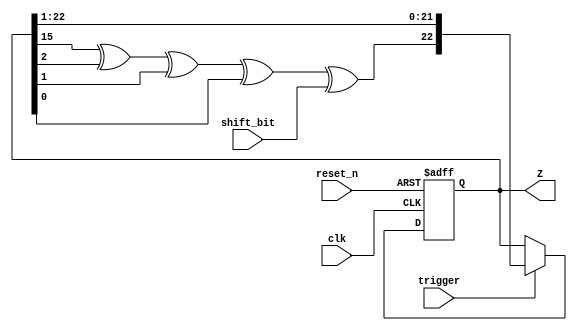
`timescale 1ns / 1ps
//////////////////////////////////////////////////////////////////////////////////
// Company: 
// Engineer: 
// 
// Design Name: 
// Module Name: lfsr_3
// Project Name: 
// Target Devices: 
// Tool Versions: 
// Description: 
// 
// Dependencies: 
// 
// Revision:
// Revision 0.01 - File Created
// Additional Comments:
// 
//////////////////////////////////////////////////////////////////////////////////


module lfsr_3(
 input shift_bit,
    input trigger,
    input clk,
    input reset_n,
    output [0:22] Z
    );
    
reg [0:22] Z_reg=0;
wire taps;

    assign taps = Z_reg[7]^Z_reg[20]^Z_reg[21]^Z_reg[22];
    always @(posedge clk,negedge reset_n)
    begin
        if(~reset_n)
            Z_reg <= 'b0;
        else if (trigger)
            Z_reg <= {taps^shift_bit,Z_reg[0:21]};
    end
        
assign Z = Z_reg; 
     
endmodule